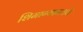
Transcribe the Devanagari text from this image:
शिमाग्यामध्ये